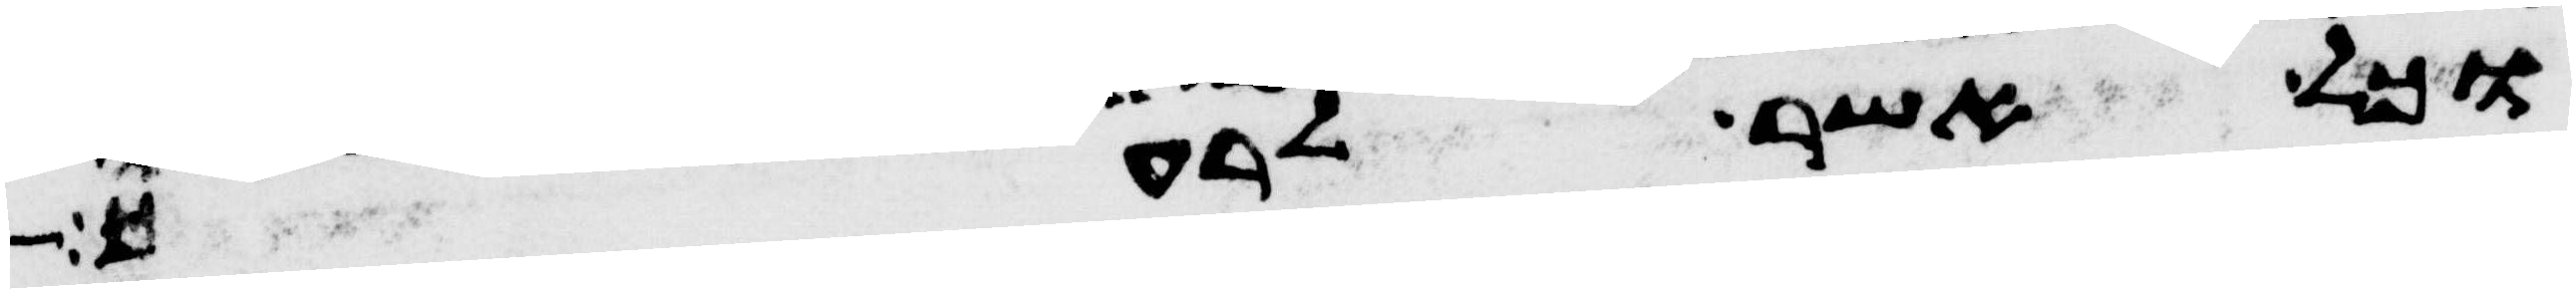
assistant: וכל אשר לרעך